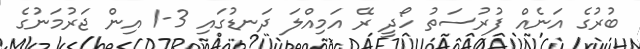
ބުރުގެ އަނެއް ފުރުސަތު ހޯދީ ރޭ އަމިއްލަ ދަނޑުގައި 3-1 އިން ޖަރުމަނުގެ